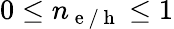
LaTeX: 0\leq n_{\mathrm{~e~/~h~}}\leq 1